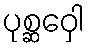
ပုစ္ဆဝှေါ